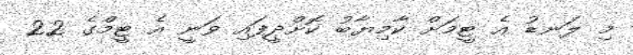
މި ލަނޑު އެ ޓީމަށް ކާމިޔާބު ކޮށްދީފައި ވަނީ އެ ޓީމްގެ 22